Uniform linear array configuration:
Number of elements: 24
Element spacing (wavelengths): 0.75
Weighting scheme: kaiser
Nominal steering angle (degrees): -45
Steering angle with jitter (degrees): -46.866
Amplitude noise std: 0.05
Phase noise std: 0.05

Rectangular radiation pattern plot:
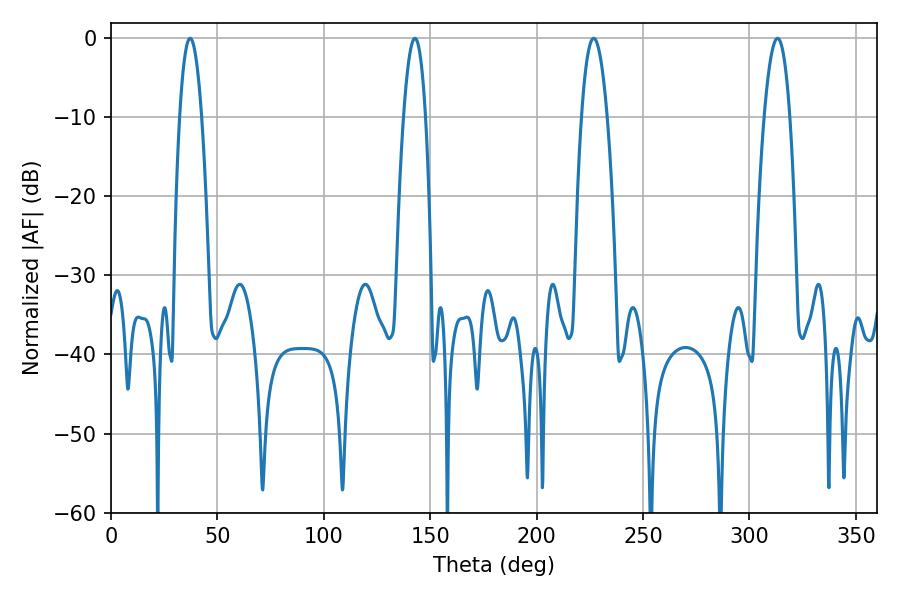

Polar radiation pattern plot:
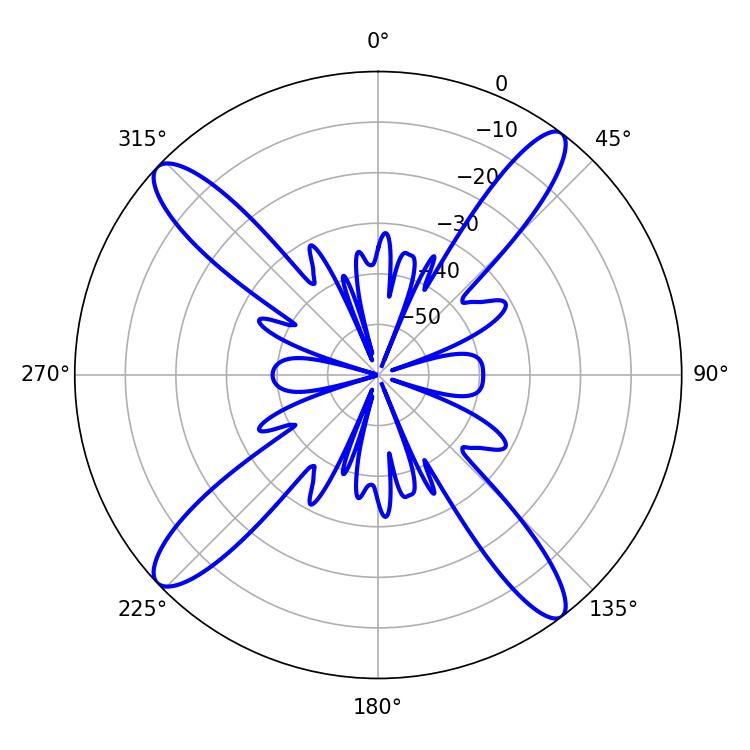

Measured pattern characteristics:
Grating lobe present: TRUE
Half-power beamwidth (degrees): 6.66
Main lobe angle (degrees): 226.8